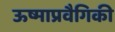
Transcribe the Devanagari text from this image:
ऊष्माप्रवैगिकी